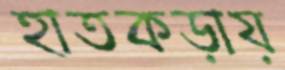
হাতকড়ায়